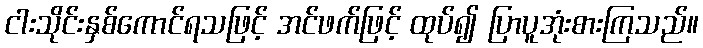
ငါးသိုင်းနှစ်ကောင်ရသဖြင့် အင်ဖက်ဖြင့် ထုပ်၍ ပြာပူအုံးစားကြသည်။